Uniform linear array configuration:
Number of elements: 12
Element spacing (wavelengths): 0.5
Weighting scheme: hamming
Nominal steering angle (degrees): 60
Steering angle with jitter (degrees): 58.189
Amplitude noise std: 0.05
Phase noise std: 0.05

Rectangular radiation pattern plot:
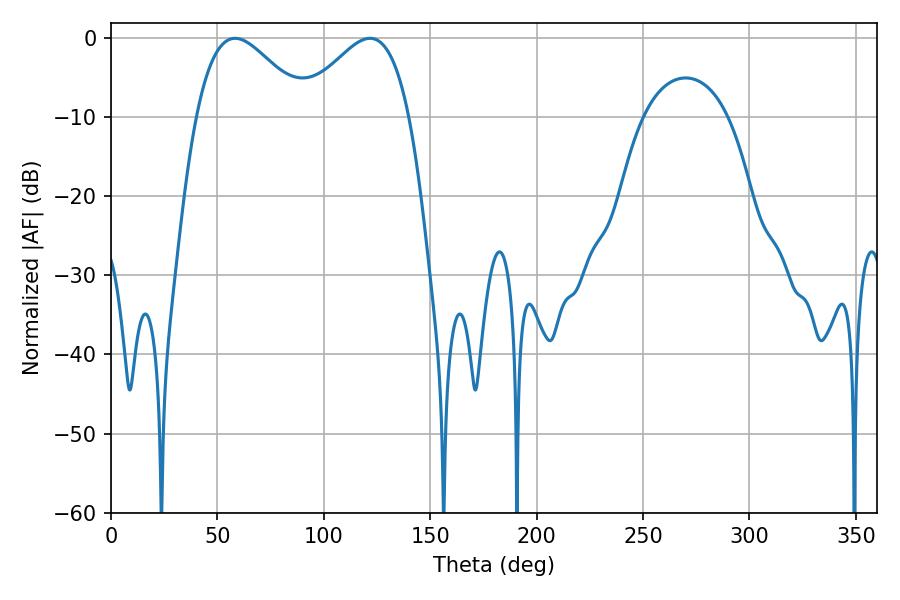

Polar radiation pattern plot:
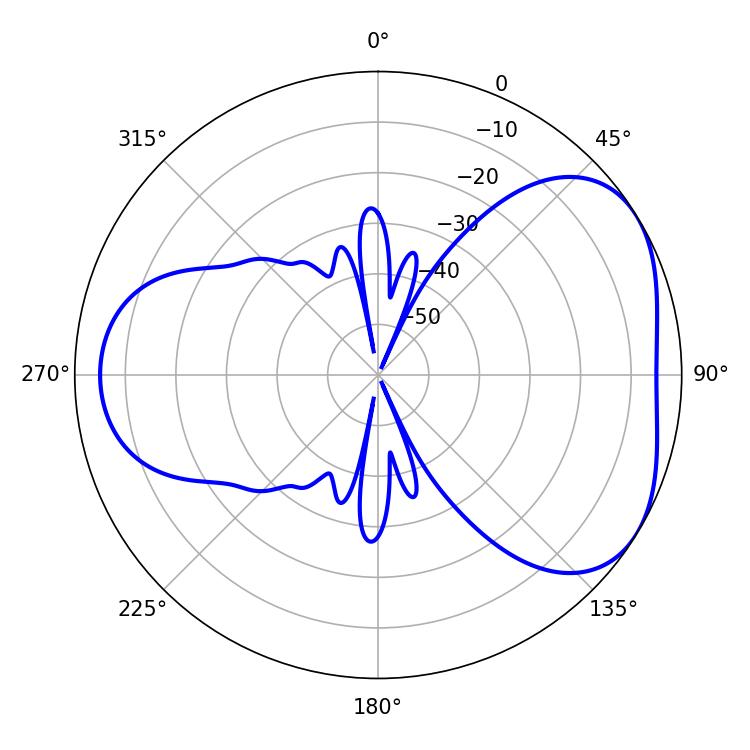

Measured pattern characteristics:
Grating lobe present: FALSE
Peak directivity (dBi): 4.327
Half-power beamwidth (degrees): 27.72
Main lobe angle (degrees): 58.32